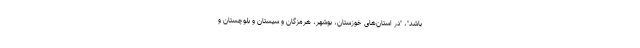
باشد"، "در استان‌های خوزستان، بوشهر، هرمزگان و سیستان و بلوچستان و